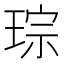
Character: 琮